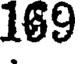
169